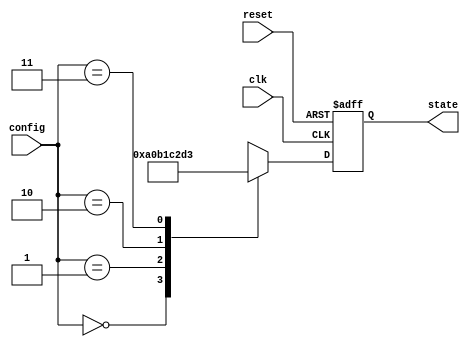
module ConfigurableInitialConditions (
    input wire clk,          // Clock signal
    input wire reset,        // Reset signal
    input wire [1:0] config, // Config signal (2-bit for multiple configurations)
    output reg [7:0] state   // State variable (8-bit)
);

// Internal state initialization
always @(posedge clk or posedge reset) begin
    if (reset) begin
        // Reset signal is asserted, set state to default value (e.g., 8'h00)
        state <= 8'b0; // Default initial state
    end else begin
        // Update state based on config signal
        case (config)
            2'b00: state <= 8'hA0; // Initial condition for config 00
            2'b01: state <= 8'hB1; // Initial condition for config 01
            2'b10: state <= 8'hC2; // Initial condition for config 10
            2'b11: state <= 8'hD3; // Initial condition for config 11
            default: state <= 8'b0; // Default fallback
        endcase
    end
end

endmodule